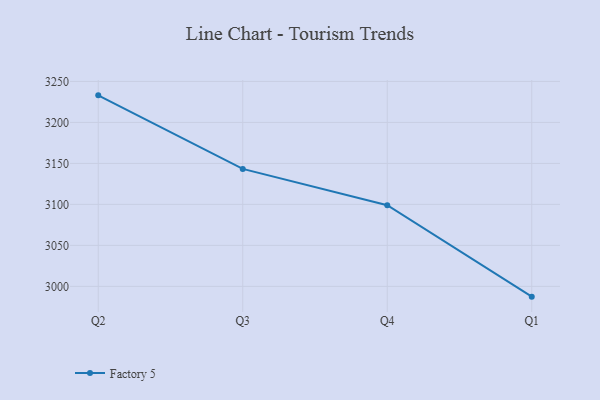
{"axis": {"x": "Quarter", "y": "Latency (ms)"}, "legend": ["Factory 5"], "data": [{"x": "Q2", "y": 3233.0, "type": "Factory 5"}, {"x": "Q3", "y": 3143.3, "type": "Factory 5"}, {"x": "Q4", "y": 3099.0, "type": "Factory 5"}, {"x": "Q1", "y": 2987.5, "type": "Factory 5"}]}